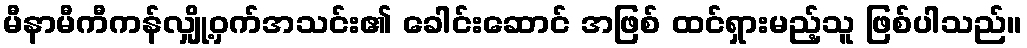
မီနာမီကီကန်လျှို့ဝှက်အသင်း၏ ခေါင်းဆောင် အဖြစ် ထင်ရှားမည့်သူ ဖြစ်ပါသည်။